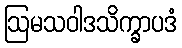
ဩမသဝါဒသိက္ခာပဒံ